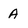
Character: A